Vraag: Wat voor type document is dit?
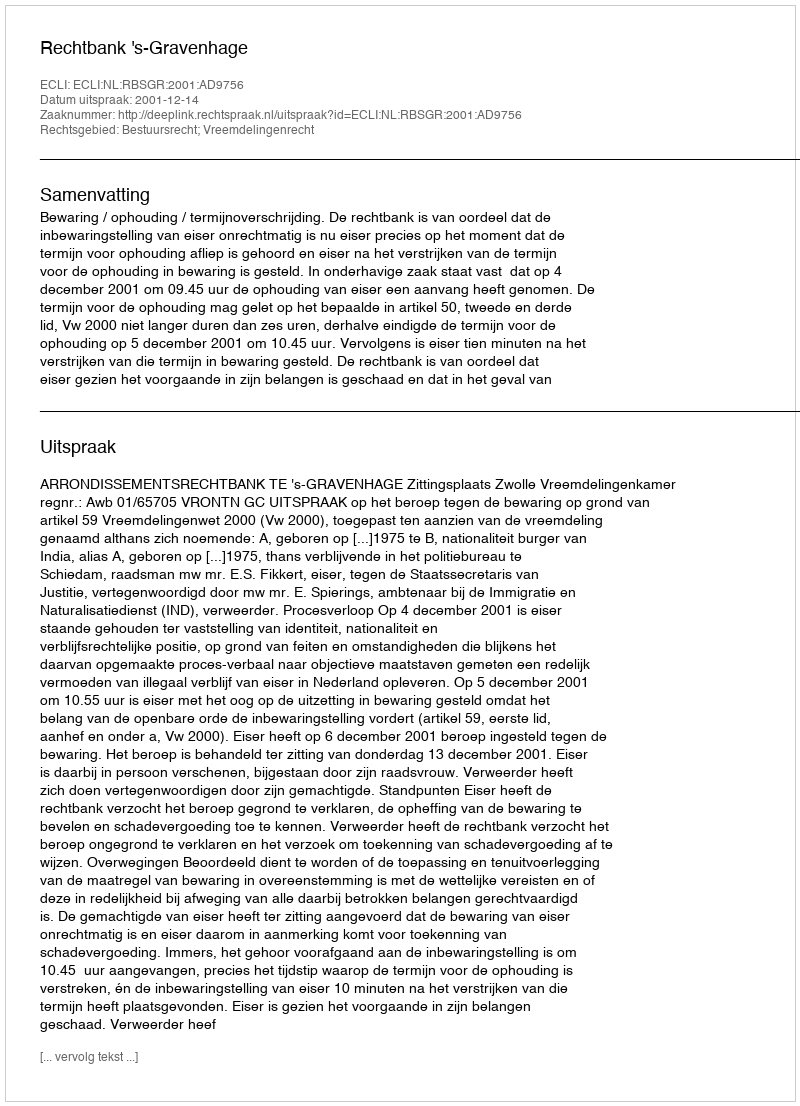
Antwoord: Uitspraak